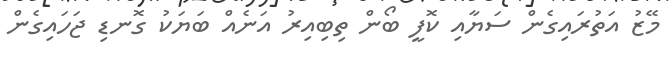
މޭޒު އަތުރައިގެން ސަޔާއި ކޮފީ ބޯން ތިބިއިރު އަނެއް ބަޔަކު ގޮނޑި ޖަހައިގެން